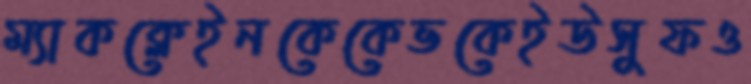
ম্যাকক্লেইনকেকেভকেইউসুফও